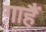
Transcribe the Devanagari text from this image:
गाहैं